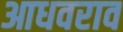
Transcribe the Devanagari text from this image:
आधवराव